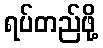
ရပ်တည်ဖို့